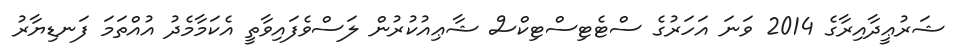
ޝަރުޢީދާއިރާގެ 2014 ވަނަ އަހަރުގެ ސްޓެޓިސްޓިކްސް ޝާޢިއުކުރުން ލަސްވެފައިވާތީ އެކަމާމެދު އުއްތަމަ ފަނޑިޔާރު